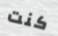
كنت